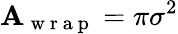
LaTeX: \mathbf{A}_{\mathrm{{~w~r~a~p~}}}=\pi\sigma^{2}